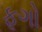
ફૂગો